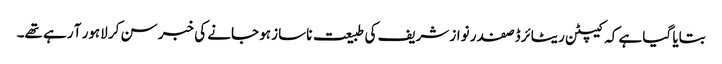
بتایا گیا ہے کہ کیپٹن ریٹائرڈ صفدر نواز شریف کی طبیعت ناساز ہو جانے کی خبر سن کر لاہور آ رہے تھے۔